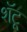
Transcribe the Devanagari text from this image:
शॅटू